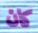
كان